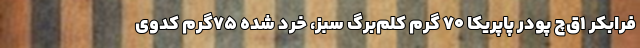
فرابکر ۱‌ق‌چ پودر پاپریکا ۷۰ گرم کلم‌برگ سبز، خرد شده ۷۵‌گرم کدوی